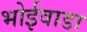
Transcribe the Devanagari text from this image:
भोईवाडा